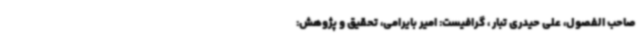
صاحب الفصول، علی حیدری تبار ، گرافیست: امیر بایرامی، تحقیق و پژوهش: